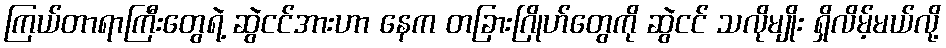
ကြယ်တာရာကြီးတွေရဲ့ ဆွဲငင်အားဟာ နေက တခြားဂြိုဟ်တွေကို ဆွဲငင် သလိုမျိုး ရှိလိမ့်မယ်လို့